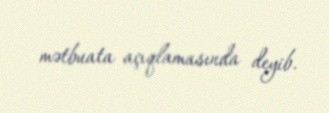
mətbuata açıqlamasında deyib.